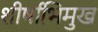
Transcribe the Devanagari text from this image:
शीर्षाभिमुख